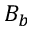
B _ { b }